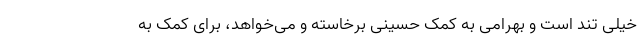
خیلی تُند است و بهرامی به کمک حسینی برخاسته و می‌خواهد، برای کمک به